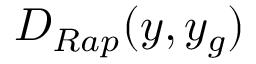
D _ { R a p } ( y , y _ { g } )